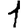
Digit: 1